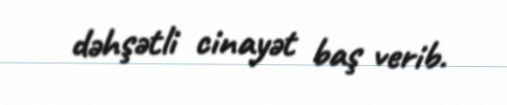
dəhşətli cinayət baş verib.